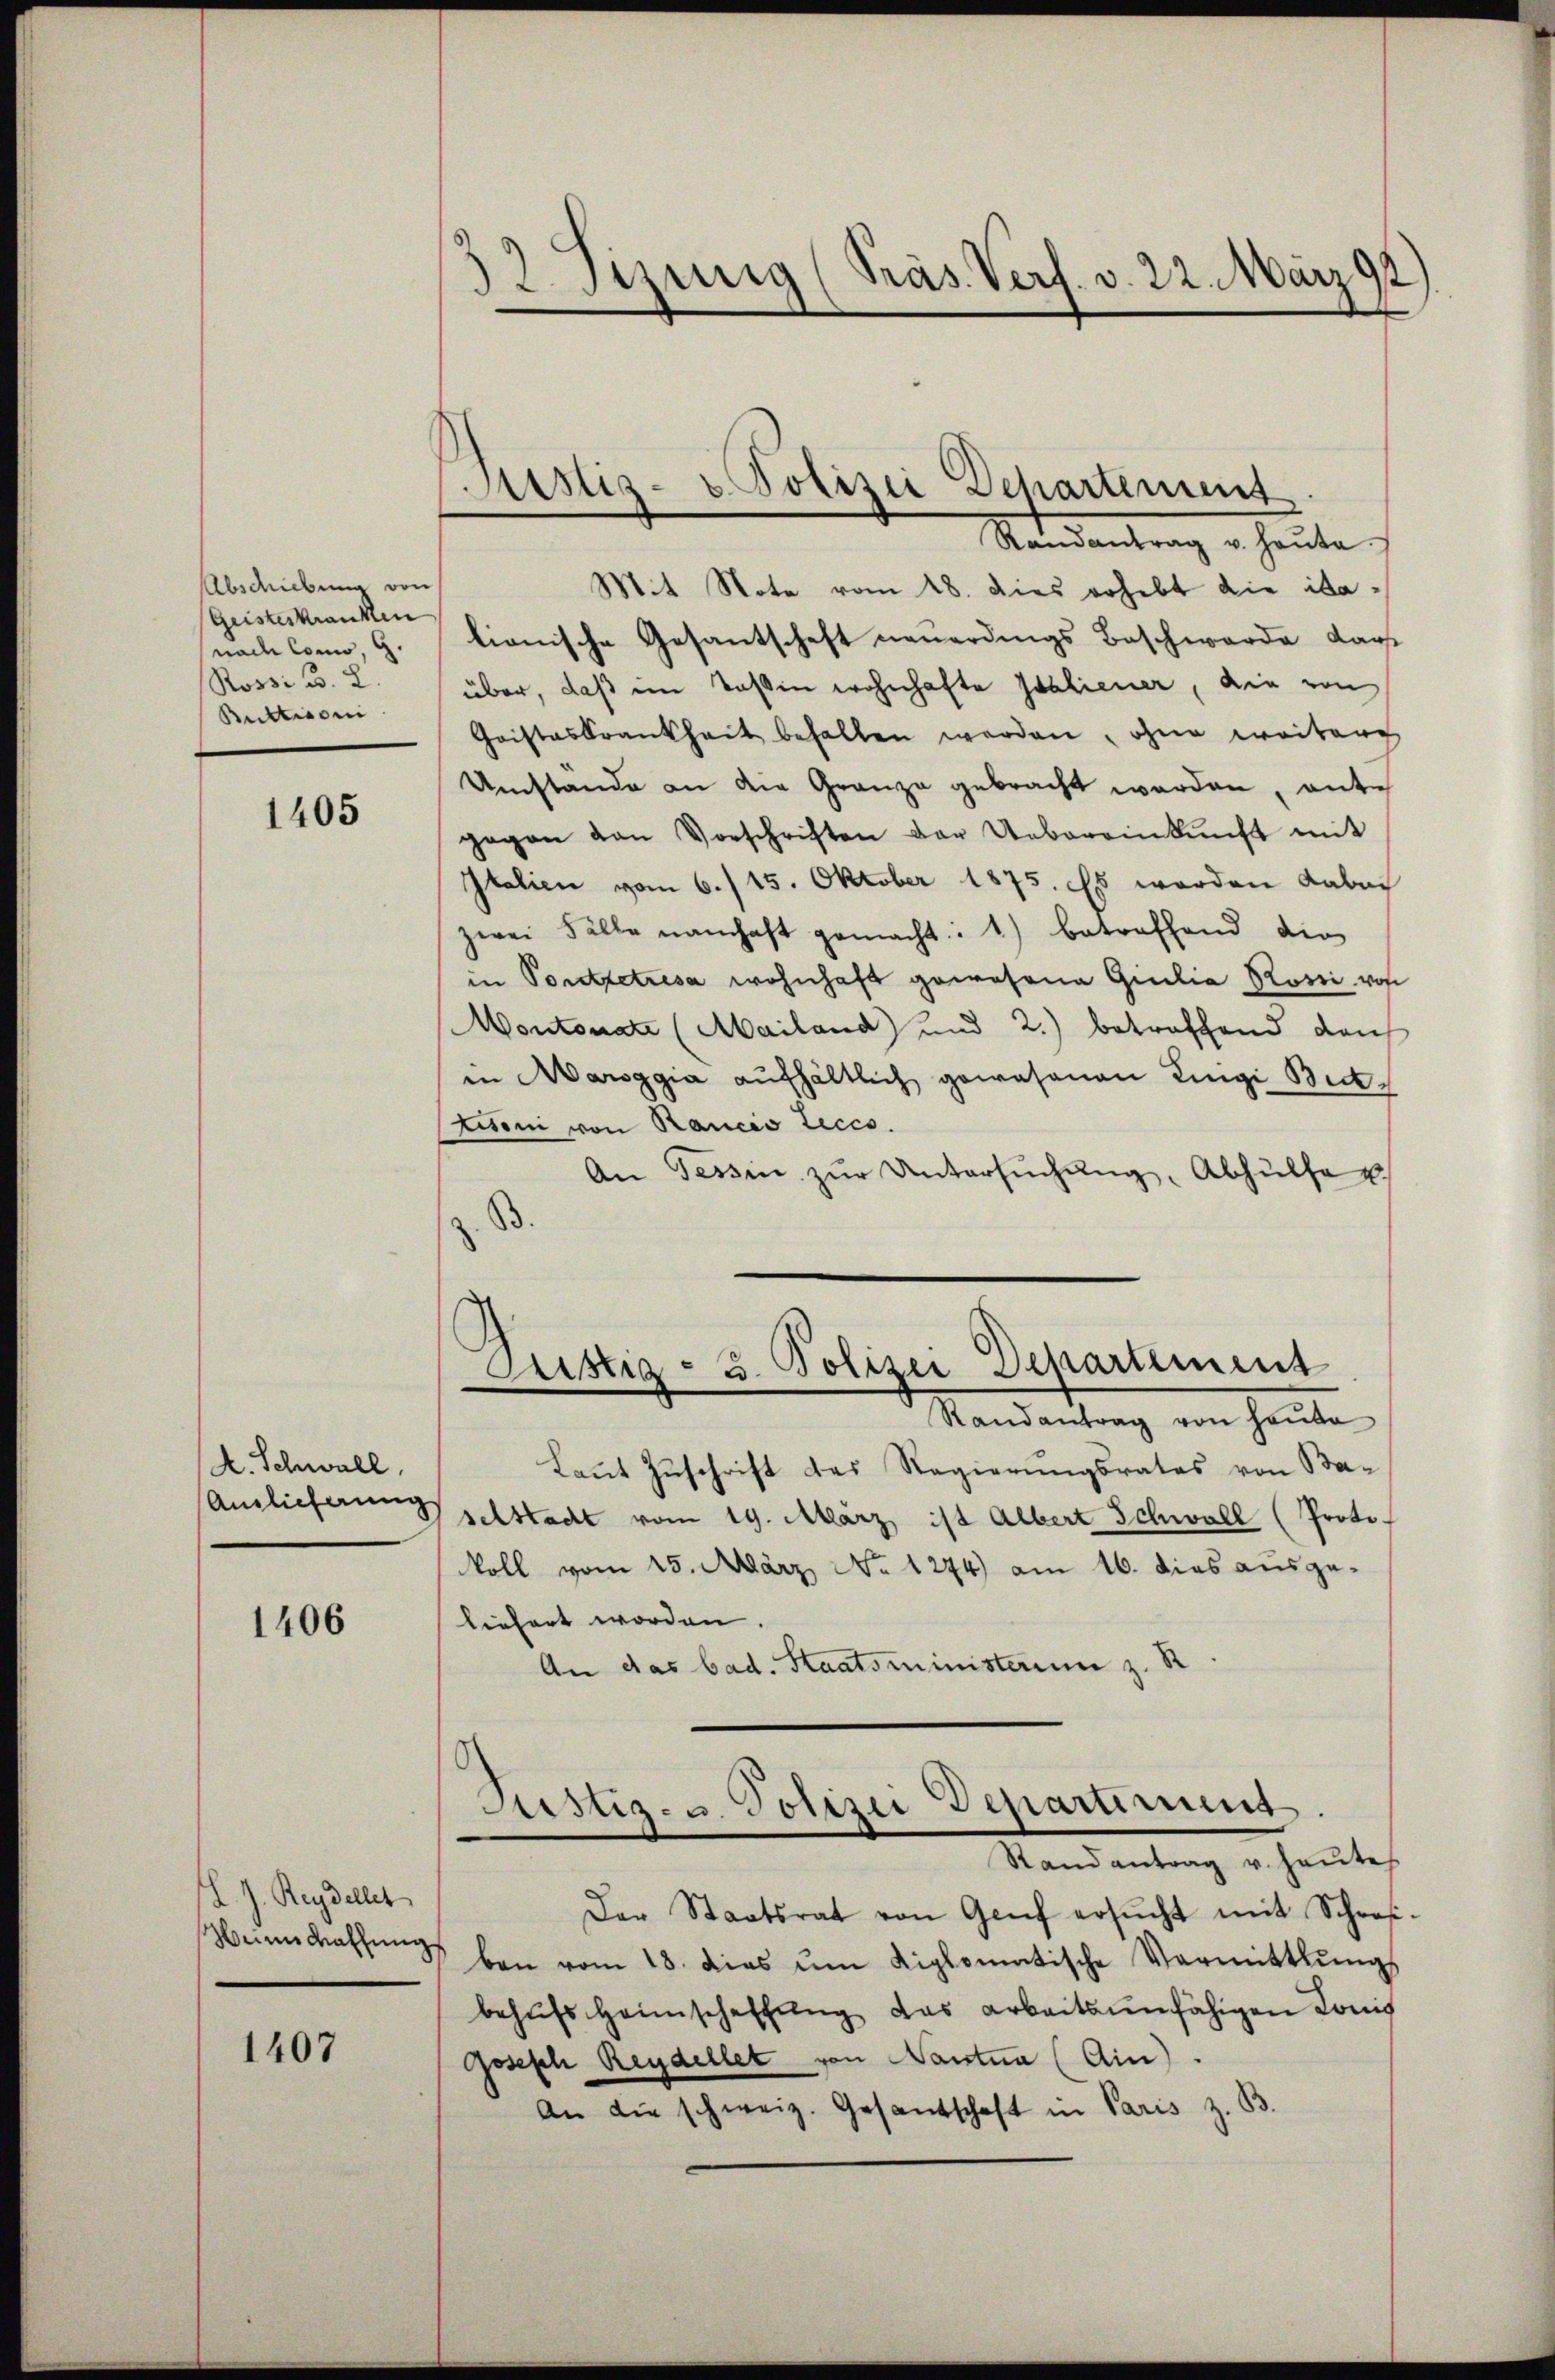
Abschiebung von
(Geisteskranken
nach Como, G.
Rossi, B. 2.
Butticoni

1405

A. Schwall,
Anslieferung

1406

L. J. Reydellet

1407

Mit Note vom 18. Dies erhebt die italionische Gesantschaft neuerdings Beschwerde darf
über, daß im Tassen wohnhafte Italiener, die von
Christeskrankheit behalten werden, ohne weitere
Umstande an die Granze gebracht werden, ante
gegen van Vorschriften der Uebereinkunft mit
Italien vom 6./15. Oktober 1875. Es worden Laban
zwei Fälle namhaft gemacht: 1) betreffend die
in Pontretresa wohnhaft gewesene Giulia Rossi von
Montonate (Mailand) und 2.) betroffend dan
in Marsggia aŭfhältlich gewesenen Luigi Bic¬
Stitoni von Rancis Lecco.
An Tessin zŭr Untersŭchŭng, Abhülfe
z. B.

32. Seinig (Präs. Verf. v. 22. März 92)

iustiz- & Polizei Departement.
Standentrag heute

Justiz- u. Polizei Departement
Randantrag von Haube

Laut Zuschrift des Regierungsrates von Ba-
selstadt vom 19. März ist Albert Schwall (Proto-
koll vom 25. März No 1274) am 16. dies ausgeliefert worden.
An das bad. Staatsministerim z. R

Justiz- u. Polizei Departimung.
Stand entrag er heute

Der Staatsrat von Genf ersŭcht mit Schres-
Heimathŭng bei vom 18. dies ŭm diplomatische Vormittlungs
behŭfs Heimschaffŭng das arbeitsunfähigen Konis
Joseph Reydellet von Nantna (Ain).
An die schweiz. Gesandschaft in Paris z. B.